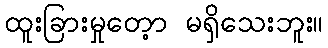
ထူးခြားမှုတေ့ာ မရှိသေးဘူး။